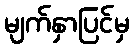
မျက်နှာပြင်မှ